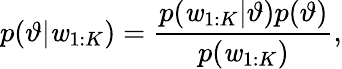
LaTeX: p(\vartheta|\mathit{w}_{1:K})=\frac{{p(\mathit{w}_{1:K}|\vartheta)p(\vartheta)}}{{p(\mathit{w}_{1:K})}},